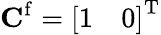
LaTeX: \mathbf{C}^{\mathrm{f}}=\left[\begin{array}{ll}{1}&{0}\end{array}\right]^{\mathrm{T}}